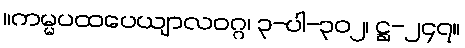
။ကမ္မပထပေယျာလဝဂ္ဂ၊ ၃-ပါ-၃၀၂၊ ဋ္ဌ-၂၄၇။